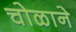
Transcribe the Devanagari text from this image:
चोळाने